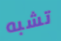
تشبه